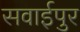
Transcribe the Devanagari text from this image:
सवाईपुर